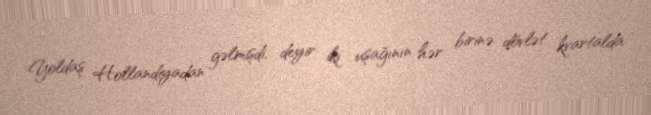
Yoldaş Hollandiyadan gəlmişdi, deyir iki uşağının hər birinə dövlət kvartalda